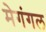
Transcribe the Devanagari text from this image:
मेगंगल